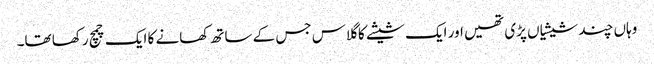
وہاں چند شیشیاں پڑی تھیں اور ایک شیشے کا گلاس جس کے ساتھ کھانے کا ایک چمچ رکھا تھا۔